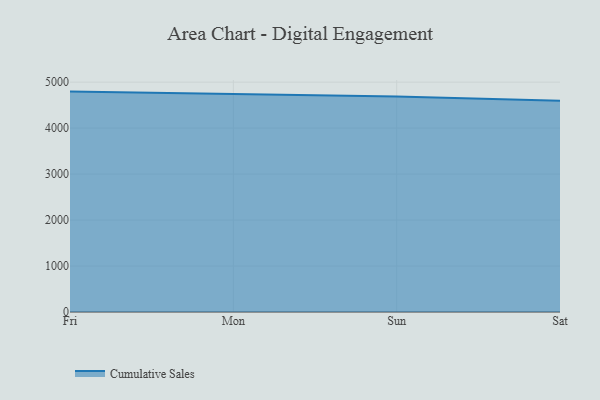
{"axis": {"x": "Day", "y": "Bounce Rate (%)"}, "legend": ["Cumulative Sales"], "data": [{"x": "Fri", "y": 4794.0, "type": "Cumulative Sales"}, {"x": "Mon", "y": 4739.8, "type": "Cumulative Sales"}, {"x": "Sun", "y": 4685.9, "type": "Cumulative Sales"}, {"x": "Sat", "y": 4593.0, "type": "Cumulative Sales"}]}